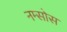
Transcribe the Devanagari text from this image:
नम्सोस